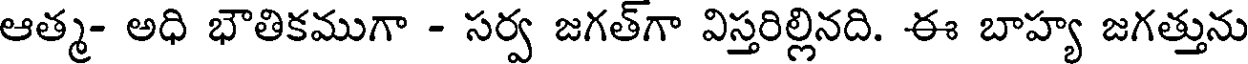
ఆత్మ- అధి భౌతికముగా - సర్వ జగత్గా విస్తరిల్లినది. ఈ బాహ్య జగత్తును